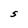
Character: S